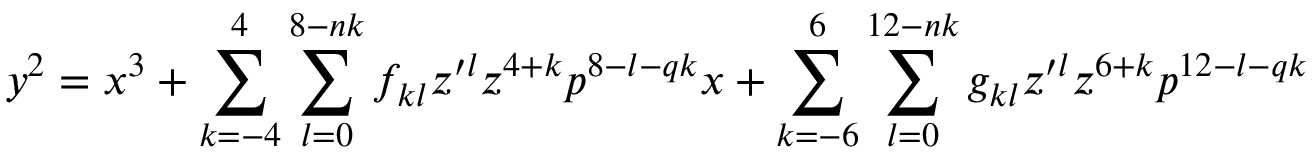
y ^ { 2 } = x ^ { 3 } + \sum _ { k = - 4 } ^ { 4 } \sum _ { l = 0 } ^ { 8 - n k } f _ { k l } z ^ { \prime l } z ^ { 4 + k } p ^ { 8 - l - q k } x + \sum _ { k = - 6 } ^ { 6 } \sum _ { l = 0 } ^ { 1 2 - n k } g _ { k l } z ^ { \prime l } z ^ { 6 + k } p ^ { 1 2 - l - q k }